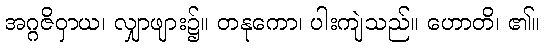
အဂ္ဂဇိဝှာယ၊ လျှာဖျား၌။ တနုကော၊ ပါးကျဲသည်။ ဟောတိ၊ ၏။